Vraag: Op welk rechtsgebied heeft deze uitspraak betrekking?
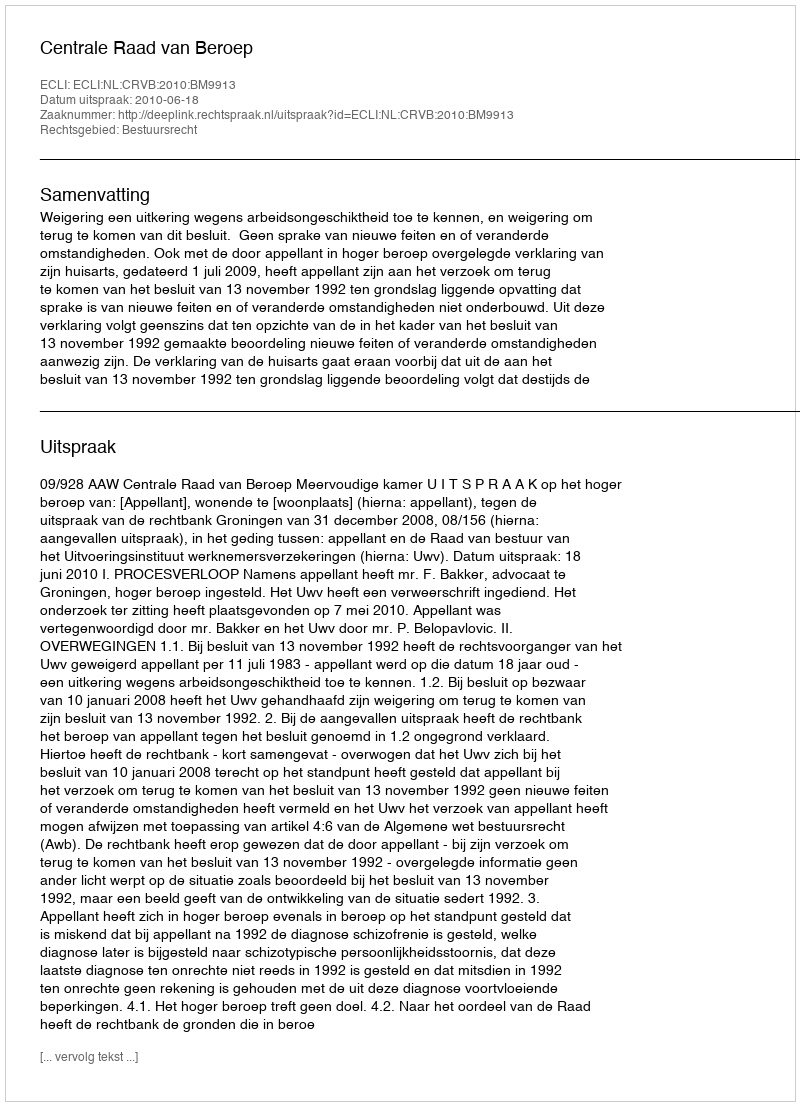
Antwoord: Bestuursrecht